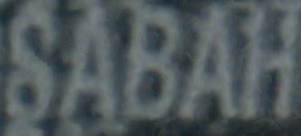
SABAH